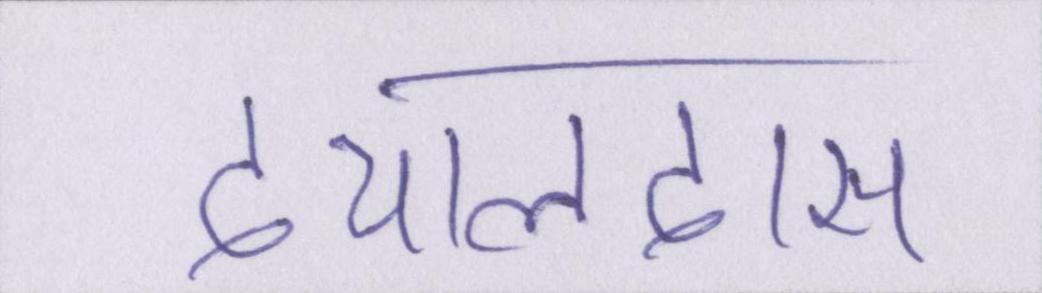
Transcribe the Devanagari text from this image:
दयालदास